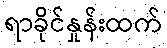
ရာခိုင်နှုန်းထက်